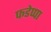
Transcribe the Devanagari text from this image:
फडेप्पा